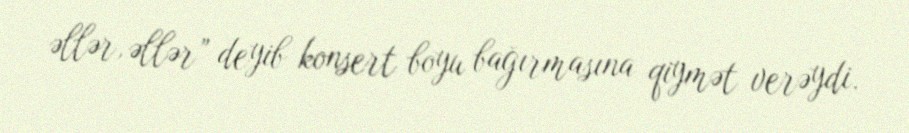
əllər, əllər” deyib konsert boyu bağırmasına qiymət verəydi.